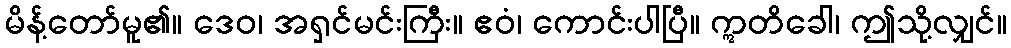
မိန့်တော်မူ၏။ ဒေဝ၊ အရှင်မင်းကြီး။ ဧဝံ၊ ကောင်းပါပြီ။ ဣတိခေါ၊ ဤသို့လျှင်။